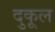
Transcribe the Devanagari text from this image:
दुकूल